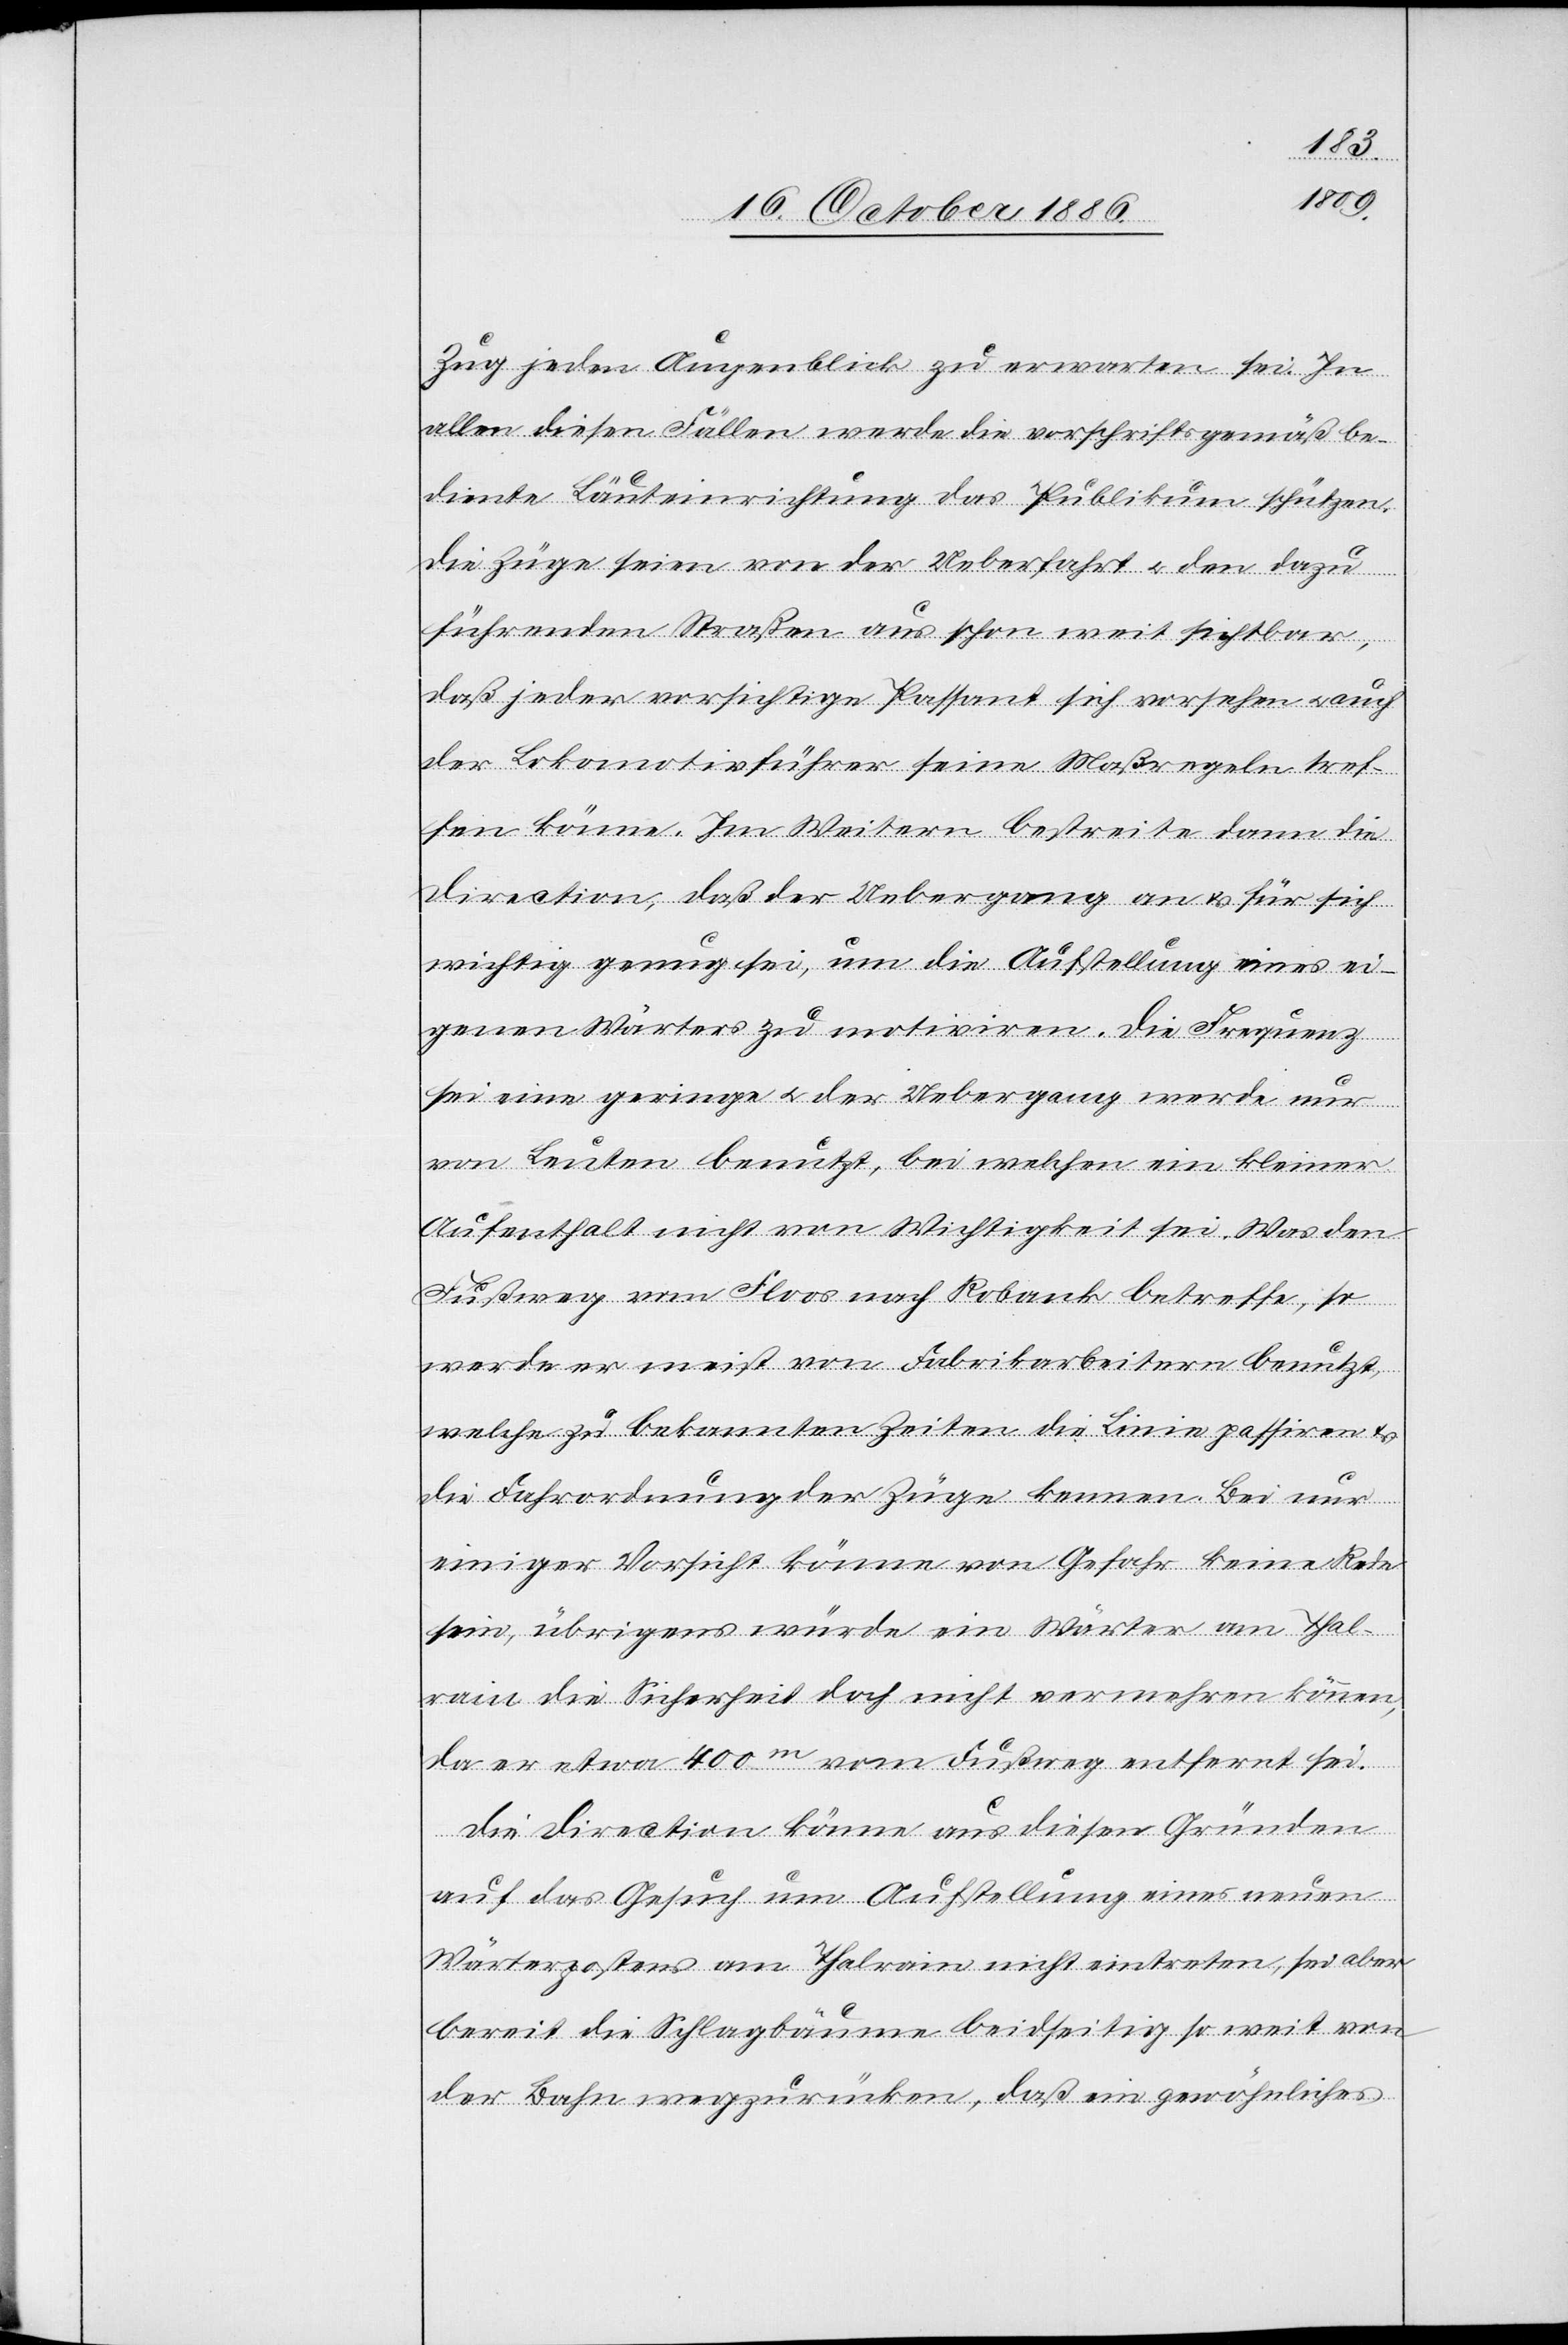
Zug jeden Augenblick zu erwarten sei. In
allen diesen Fällen werde die vorschriftsgemäß be¬
diente Läuteinrichtung das Publikum schützen.
Die Züge seien von der Ueberfahrt & den dazu
führenden Straßen aus schon weit sichtbar,
daß jeder vorsichtige Passant sich vorsehen & auch
der Lokomotivführer seine Maßregeln tref¬
fen könne. Im Weitern bestreite dann die
Direction, daß der Uebergang an & für sich
wichtig genug sei, um die Aufstellung eines ei¬
genen Wärters zu motiviren. Die Frequenz
sei eine geringe & der Uebergang werde nur
von Leuten benutzt, bei welchen ein kleiner
Aufenthalt nicht von Wichtigkeit sei. Was den
Fußweg vom Floos nach Robank betreffe, so
werde er meist von Fabrikarbeitern benutzt,
welche zu bekannten Zeiten die Linie passiren &
die Fahrordnung der Züge kennen. Bei nur
einiger Vorsicht könne von Gefahr keine Rede
sein, übrigens würde ein Wärter am Thal¬
rain die Sicherheit doch nicht vermehren können,
da er etwa 400m vom Fußweg entfernt sei.
Die Direction könne aus diesen Gründen
auf das Gesuch um Aufstellung eines neuen
Wärterpostens am Thalrain nicht eintreten, sei aber
bereit die Schlagbäume beidseitig so weit von
der Bahn wegzurücken, daß ein gewöhnliches